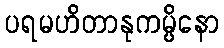
ပရမဟိတာနုကမ္ပိနော